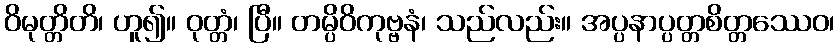
ဝိမုတ္တိတိ၊ ဟူ၍။ ဝုတ္တံ၊ ပြီ။ တမ္ပိဝိကုဗ္ဗနံ၊ သည်လည်း။ အပ္ပနာပ္ပတ္တစိတ္တဿေဝ၊